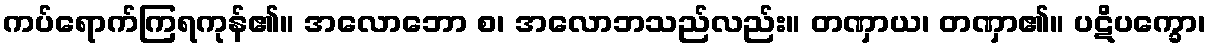
ကပ်ရောက်ကြရကုန်၏။ အလောဘော စ၊ အလောဘသည်လည်း။ တဏှာယ၊ တဏှာ၏။ ပဋိပက္ခော၊